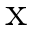
\mathrm { x }